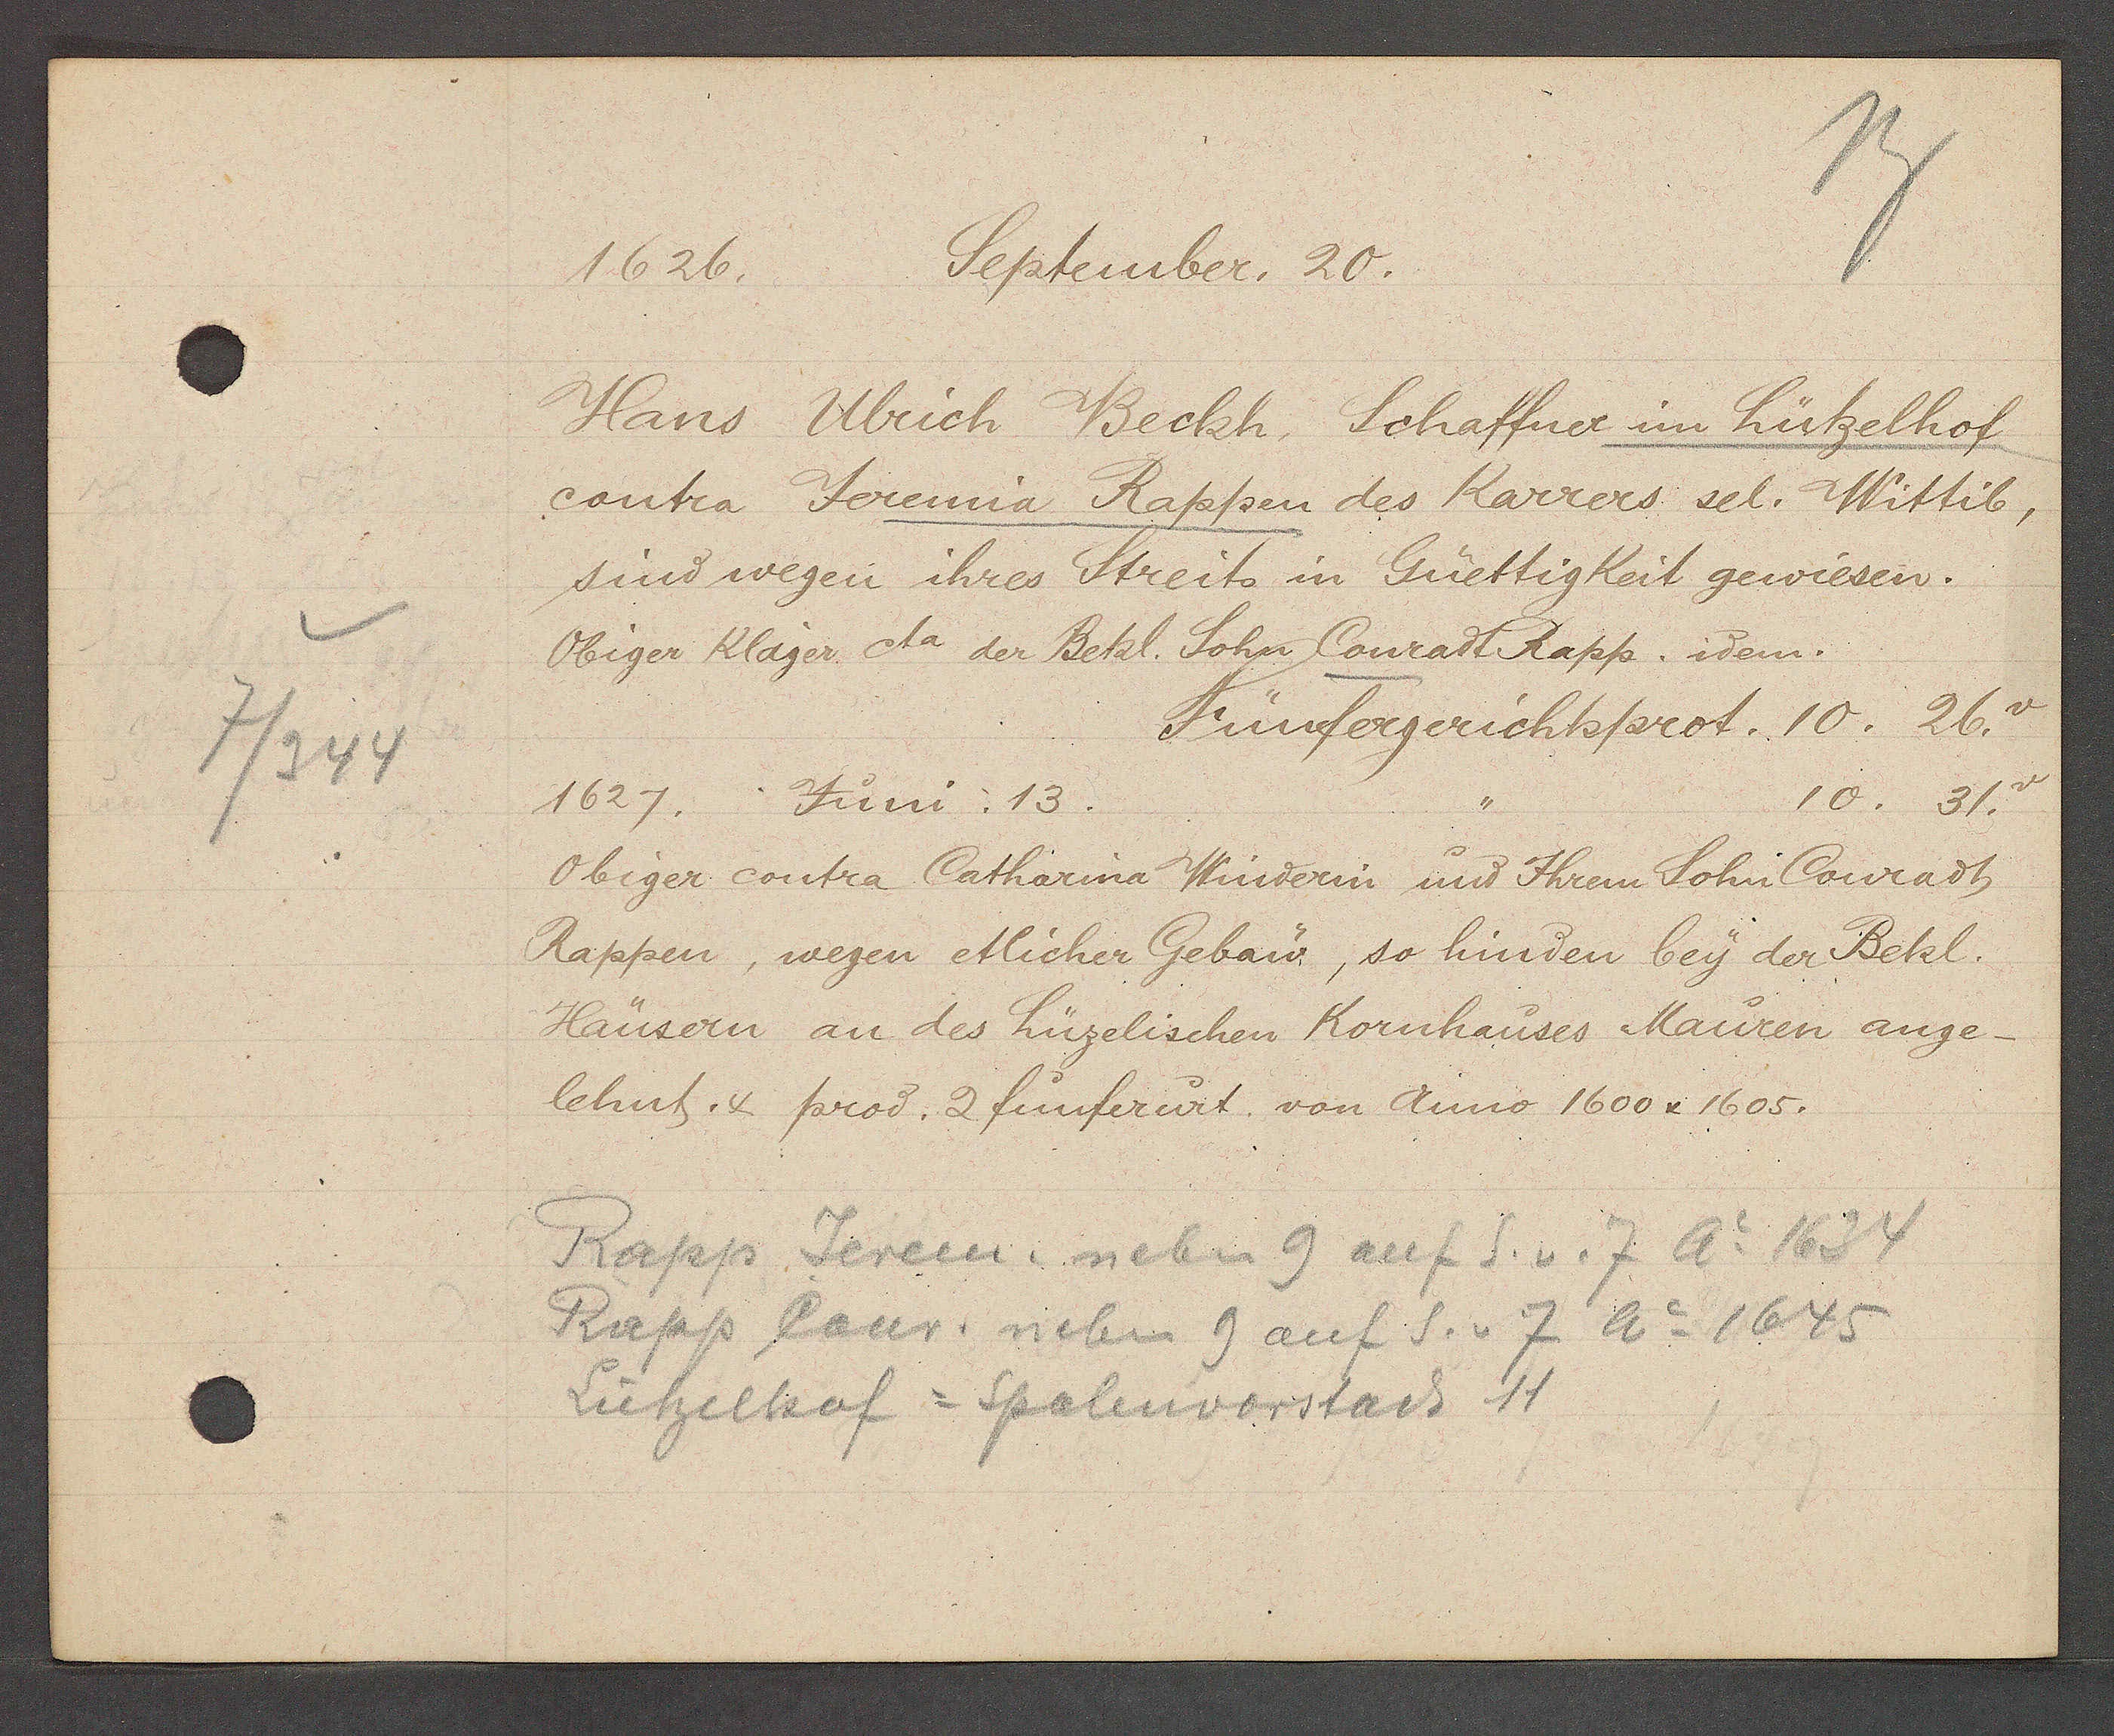
Transcript:
7/944

September. 20.
1626.

Fünfergerichtsprot. 10. 26.
Hans Ulrich Beckh. Schaffner im Lützelhof
contra Jeremia Rappen des Karrers sel. Wittib,
sind wegen ihres Streits in Güettigkeit gewiesen.
Obiger Klager da der Bekl. Sohn Conrad Rapp. idem.

Fünfergerichtsprot. 10. 26.

10. 31.
1627. Juni. 13.
Obiger contra Catharina Winderin und Ihrem Sohn Conradt
Rappen, wegen etlicher Gebaw, so hinden bey der Bekl.
Haüsern an des Lüzelischen Kornhauses Mauren ange¬
lehnt. 4 prod. 2 fünfer urt. von Anno 1600 x 1605.

Rapp Jerem. neben 9 auf S. v. 7 Ao 1634
Rapp Conr. neben 9 auf S. v 7 Ao 1645
Lützelhof = Spalenvorstad 11